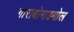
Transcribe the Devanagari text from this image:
गाराबोगाझ्गोल